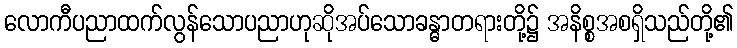
လောကီပညာထက်လွန်သောပညာဟုဆိုအပ်သောခန္ဓာတရားတို့၌ အနိစ္စအစရှိသည်တို့၏